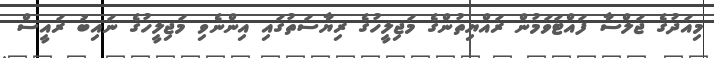
މިއަދުގެ ޖަލްސާ ފައްޓަވަމުން ރައްޔިތުންގެ މަޖިލީހުގެ ރިޔާސަތުގައި އިންނެވި މަޖިލީހުގެ ނައިބު ރައީސް